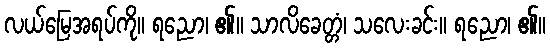
လယ်မြေအရပ်ကို။ ရညော၊ ၏။ သာလိခေတ္တံ၊ သလေးခင်း။ ရညော၊ ၏။